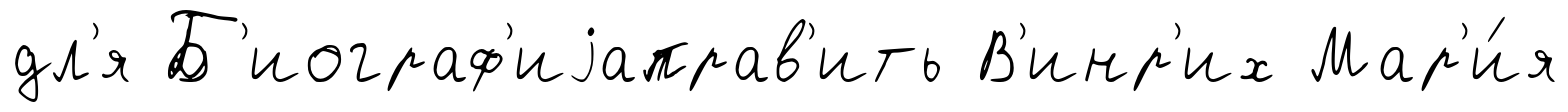
дл'я Б'иограф'иjаправ'ить В'инр'их Мар'и́я